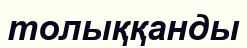
толыққанды